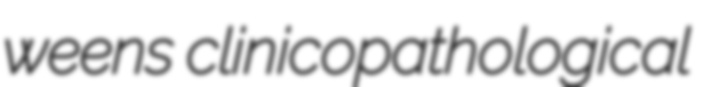
weens clinicopathological